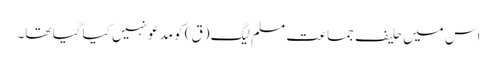
اس میں حلیف جماعت مسلم لیگ (ق) کو مدعو نہیں کیا گیا تھا۔